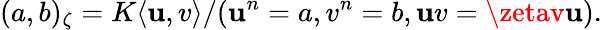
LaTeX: (a,b)_{\zeta}=K\langle\mathbf{u},v\rangle/(\mathbf{u}^{n}=a,v^{n}=b,\mathbf{u}v=\zetav\mathbf{u}).